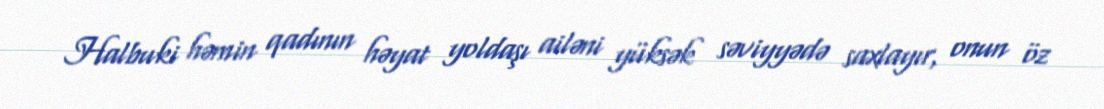
Halbuki həmin qadının həyat yoldaşı ailəni yüksək səviyyədə saxlayır, onun öz